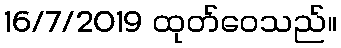
16/7/2019 ထုတ်ဝေသည်။